Elephants and their diseases
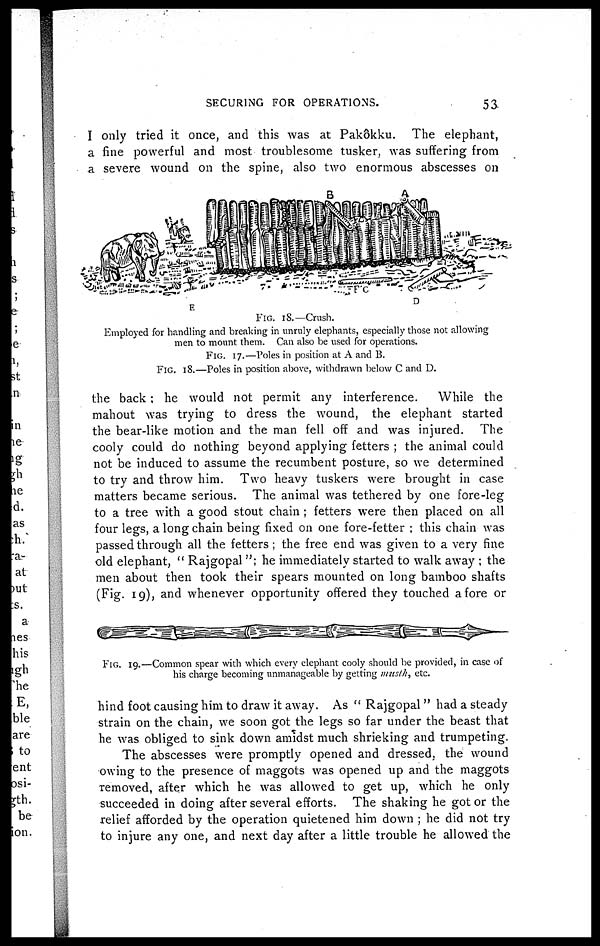
SECURING FOR OPERATIONS.
53
I only tried it once, and this was at Pakokku. The elephant,
a fine powerful and most troublesome tusker, was suffering from
a severe wound on the spine, also two enormous abscesses on
the back ; he would not permit any interference.
While the
mahout was trying to dress the wound, the elephant started
the bear-like motion and the man fell off and was injured. The
cooly could do nothing beyond applying fetters ; the animal could
not be induced to assume the recumbent posture, so we determined
to try and throw him. Two heavy tuskers were brought in case
matters became serious. The animal was tethered by one fore-leg
to a tree with a good stout chain ; fetters were then placed on all
four legs, a long chain being fixed on one fore-fetter ; this chain was
passed through all the fetters ; the free end was given to a very fine
old elephant, " Rajgopal "; he immediately started to walk away ; the
men about then took their spears mounted on long bamboo shafts
(Fig. 19), and whenever opportunity offered they touched a fore or
hind foot causing him to draw it away. As " Rajgopal " had a steady
strain on the chain, we soon got the legs so far under the beast that
he was obliged to sink down amidst much shrieking and trumpeting.
The abscesses were promptly opened and dressed, the wound
owing to the presence of maggots was opened up and the maggots
removed, after which he was allowed to get up, which he only
succeeded in doing after several efforts. The shaking he got or the
relief afforded by the operation quietened him down ; he did not try
to injure any one, and next day after a little trouble he allowed the
FIG. 18.—Crush.
Employed for handling and breaking in unruly elephants, especially those not allowing
men to mount them. Can also be used for operations.
FIG. 17.—Poles in position at A and B.
FIG. 18.—Poles in position above, withdrawn below C and D.
FIG. 19.—Common spear with which every elephant cooly should be provided, in case of
his charge becoming unmanageable by getting mustk, etc.